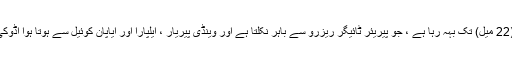
[]] لاپیریار ڈیم کے بہاو میں ، پیریر شمال مغرب کی طرف 35 کلومیٹر (22 میل) تک بہہ رہا ہے ، جو پیریئر ٹائیگر ریزرو سے باہر نکلتا ہے اور وینڈی پیریار ، ایلپارا اور ایاپان کوئیل سے ہوتا ہوا اڈوکی ، چیروتونی اور کلاماو ڈیموں کے ذریعہ قائم اڈوکی ذخائر تک جاتا ہے۔